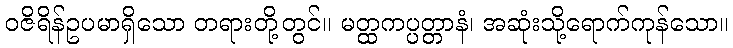
ဝဇိရိန်ဥပမာရှိသော တရားတို့တွင်။ မတ္ထကပ္ပတ္တာနံ၊ အဆုံးသို့ရောက်ကုန်သော။